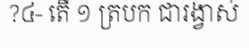
?៤- តើ ១ ត្របក ជារង្វាស់